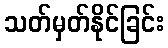
သတ်မှတ်နိုင်ခြင်း